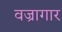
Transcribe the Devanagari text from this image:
वज्रागार